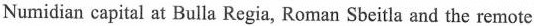
Numidian capital at Bulla Regia, Roman Sbeitla and the remote